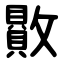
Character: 贁